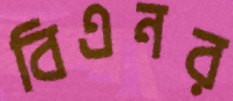
বিএনর